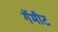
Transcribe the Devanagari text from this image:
गॅमीट